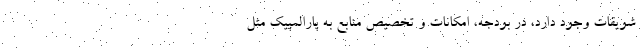
شویقات وجود دارد، در بودجه، امکانات و تخصیص منابع به پارالمپیک مثل